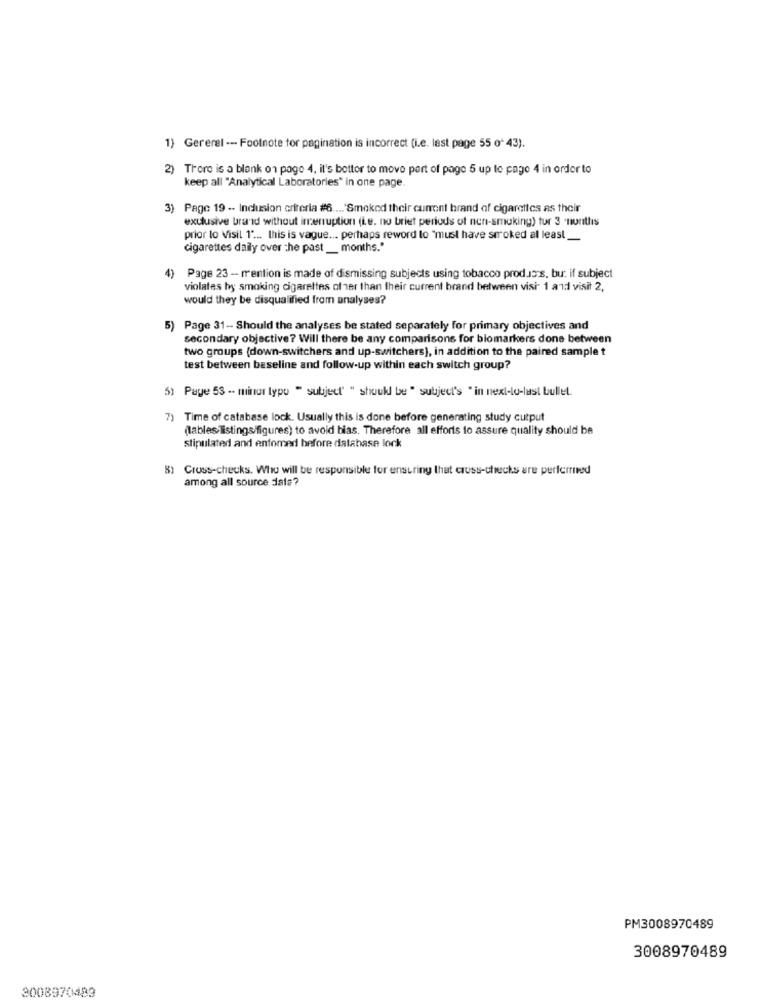
1) Gererel -- Footnote tor pagination is incorrect (i.e. last page 55 0* 43).
2) Trore is a blank on page 4, il's bettor to move port of page 5 up to page 4 in order to
keep all "Analytical Laboratories" in one page.
3) Page 19 -- Inclusion criteria #6 .... 'Smoked their current brand of cigarettes as their
exclusive brand without interruption (i.e. no briet periods of non-smoking) tur 3 -nunthis
prior to Visil 1" ... this is vague ... perhaps reword lo "must have smoked al least
cigarettes daily over the past __ months."
4)
Page 23 - mention is made of dismissing subjects using tobacco products, bu: if subject
violates hy smoking cigarettes of ner than their current brand between visi 1 and visit 2,
would they be disqualified from analyses?
6)
Page 31- Should the analyses be stated separately for primary objectives and
secondary objective? Will there be any comparisons for biomarkers done between
two groups (down-switchers and up-switchers), in addition to the paired sample t
test between baseline and follow-up within each switch group?
5) Page 53 -- minor typo " subject' " should be " subject's "in next-to-last bullet.
7) Time of catabase lock. Usually this is done before generating study cutput
(lables listings/figures) to avoid bias. Therefore all efforts to assure quality should be
stipulated and enfomed before database lock
8) Cross-checks. Who will be responsible for ensuring that cruss-checks are performed
among all source dals?
PM3008970489
3008970489
3008970483